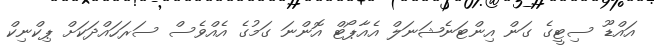
އައްޑޫ ސިޓީގެ ގަން އިންޓަނެޝަނަލް އެއާޕޯޓް އޮންނަ ގަމުގެ އެއްވެސް ސަރަހައްދަކަށް ޕިކްނިކް